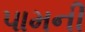
પામની